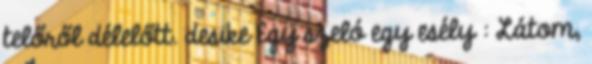
telőről délelőtt. desike Egy szeló egy esély : Látom,